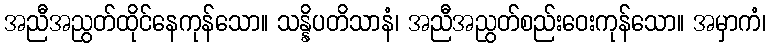
အညီအညွတ်ထိုင်နေကုန်သော။ သန္နိပတိသာနံ၊ အညီအညွတ်စည်းဝေးကုန်သော။ အမှာကံ၊